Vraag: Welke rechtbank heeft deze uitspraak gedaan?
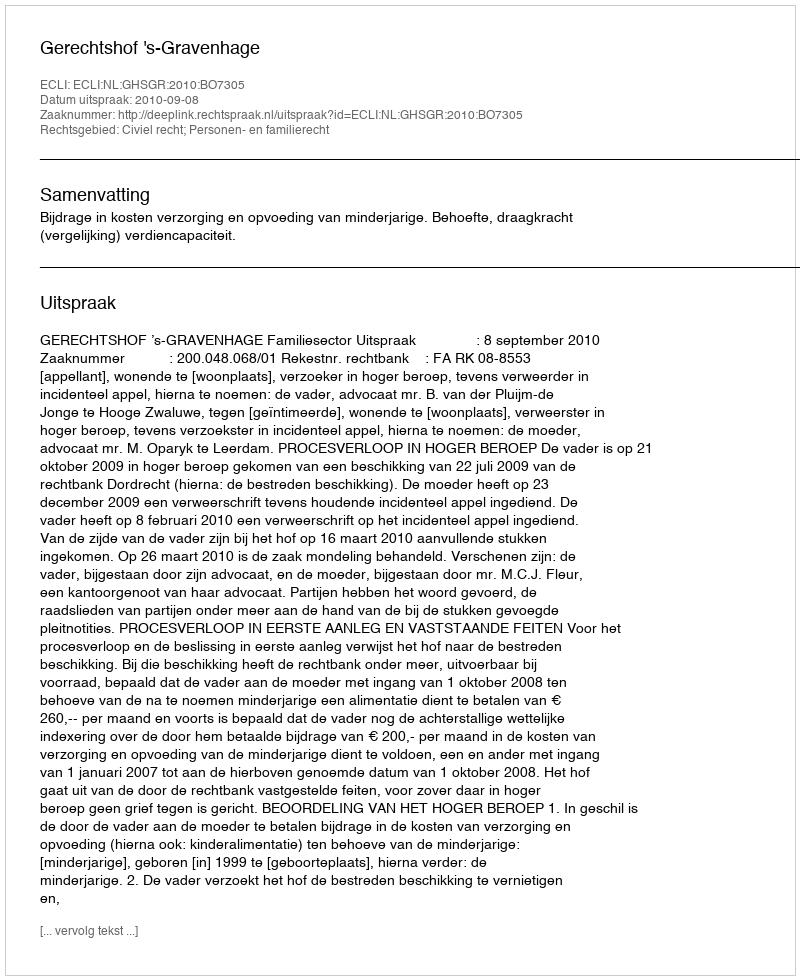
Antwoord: Gerechtshof 's-Gravenhage